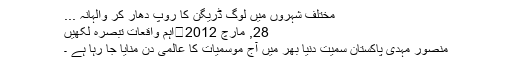
مختلف شہروں میں لوگ ڈریگن کا روپ دھار کر والہانہ ...
28, مارچ 2012	اہم واقعات تبصرہ لکھیں
منصور مہدی پاکستان سمیت دنیا بھر میں آج موسمیات کا عالمی دن منایا جا رہا ہے ۔